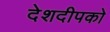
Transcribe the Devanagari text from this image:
देशदीपको